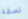
نصفه